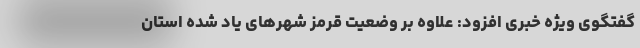
گفتگوی ویژه خبری افزود: علاوه بر وضعیت قرمز شهرهای یاد شده استان